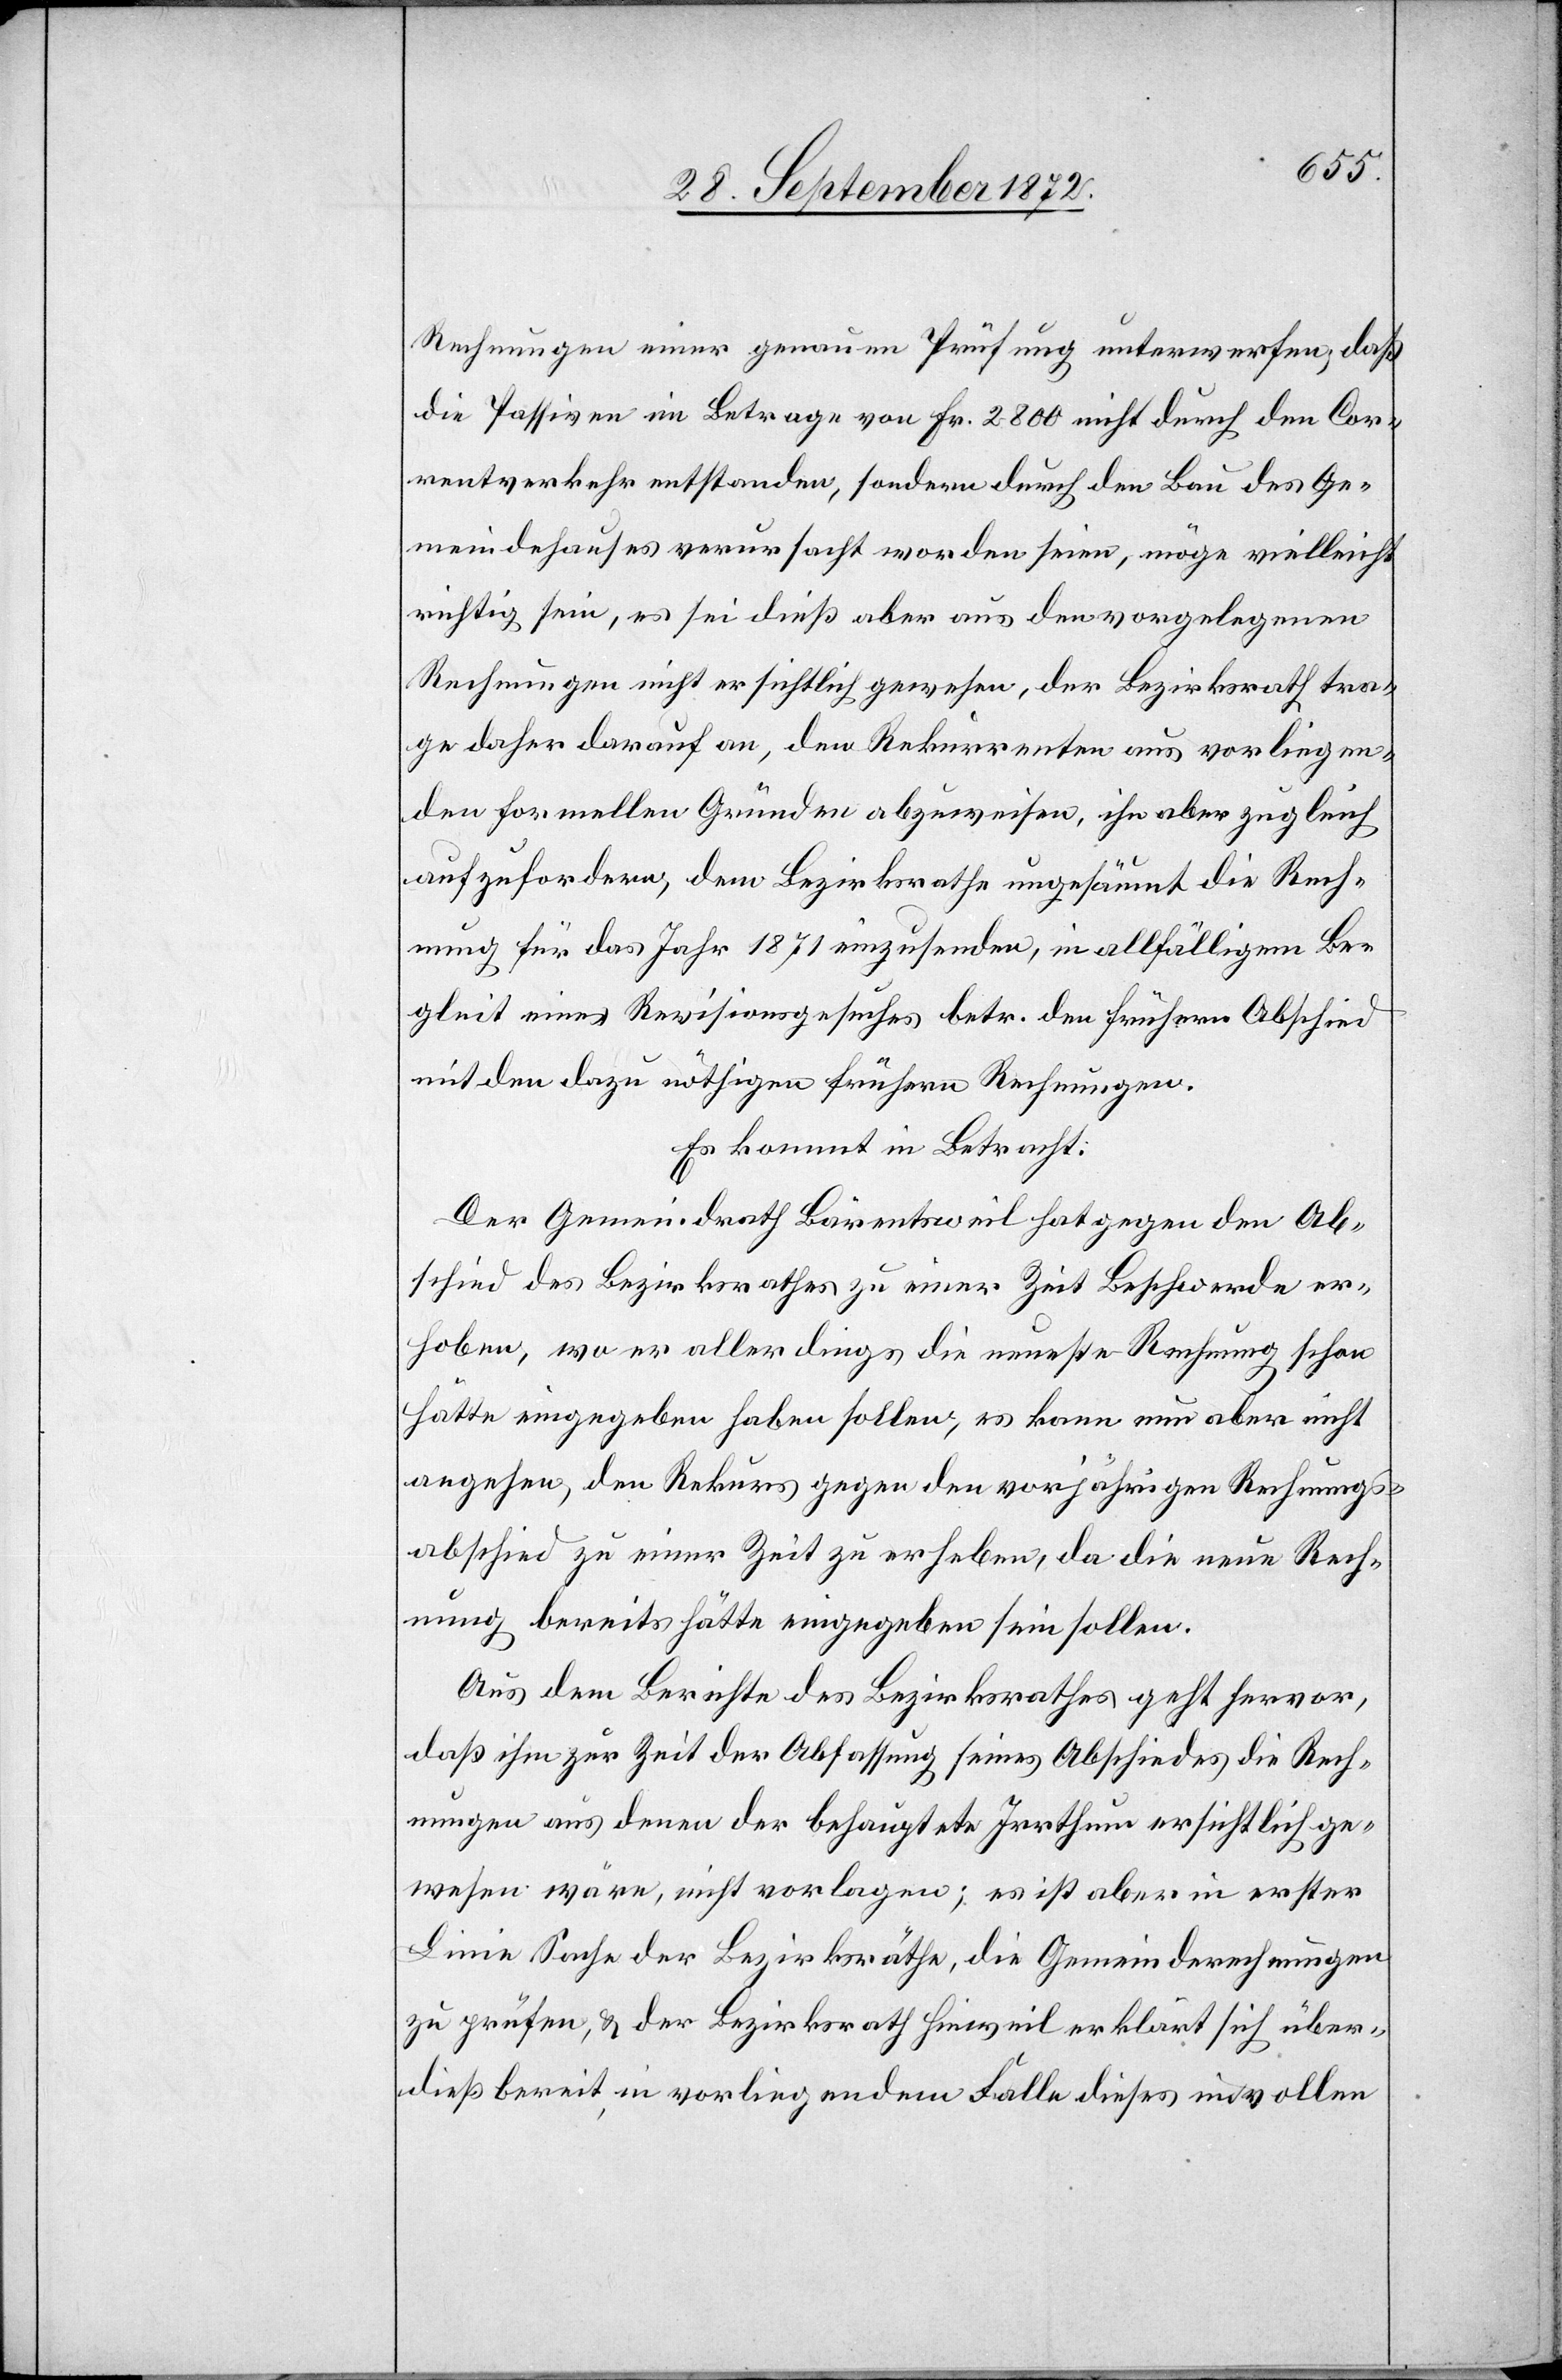
Rechnungen einer genauen Prüfung unterwerfen, daß
die Passiven im Betrage von Fr. 2800 nicht durch den Cor¬
rentverkehr entstanden, sondern durch den Bau des Ge¬
meindehauses verursacht worden seien, möge vielleicht
richtig sein, es sei dieß aber aus den vorgelegenen
Rechnungen nicht ersichtlich gewesen, der Bezirksrath tra¬
ge daher darauf an, den Rekurrenten aus vorliegen¬
den formellen Gründen abzuweisen, ihn aber zugleich
aufzufordern, dem Bezirksrathe ungesäumt die Rech¬
nung für das Jahr 1871 einzusenden, in allfälligem Be¬
gleit eines Revisionsgesuches betr. den frühern Abschied
mit den dazu nöthigen frühern Rechnungen.
Es kommt in Betracht:
Der Gemeindrath Bärentsweil hat gegen den Ab¬
schied des Bezirksrathes zu einer Zeit Beschwerde er¬
hoben, wo er allerdings die neueste Rechnung schon
hätte eingegeben haben sollen, es kann nun aber nicht
angehen, den Rekurs gegen den vorjährigen Rechnungs¬
abschied zu einer Zeit zu erheben, da die neue Rech¬
nung bereits hätte eingegeben sein sollen.
Aus dem Berichte des Bezirksrathes geht hervor,
daß ihm zur Zeit der Abschaffung seines Abschiedes die Rech¬
nungen aus denen der behauptete Irrthum ersichtlich ge¬
wesen wäre, nicht vorlagen; es ist aber in erster
Linie Sache der Bezirksräthe, die Gemeinderechnungen
zu prüfen, u. der Bezirksrath Hinweil erklärt sich über¬
dieß bereit, in vorliegendem Falle dieses im vollen